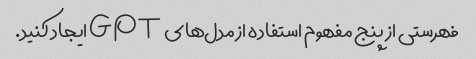
فهرستی از پنج مفهوم استفاده از مدل‌های GPT ایجاد کنید.